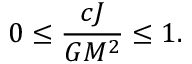
0 \leq { \frac { c J } { G M ^ { 2 } } } \leq 1 .